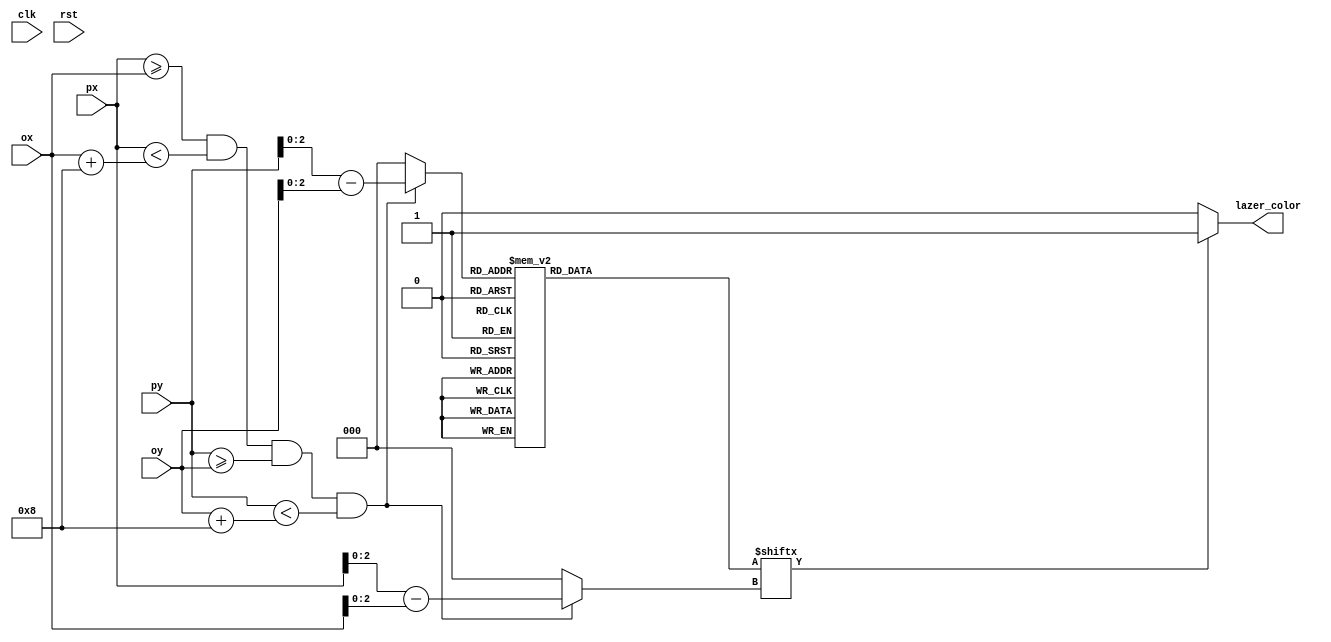
module lazerpixel
    (input wire clk,
    input wire rst,
    input wire [10:0]  ox,
    input wire [10:0]  oy,
    input wire [10:0]  px,
    input wire [10:0]  py,
    output wire        lazer_color);

   wire 	             inobj;
   wire [2:0]  		 lazer_y, lazer_x;
	
   reg [7:0] 	       rom_data;
   wire [2:0] 	       rom_addr;
   wire               rom_bit;
	
   
   assign inobj     = (px >= ox) && (px < ox + 11'd8) && (py >=  oy) && (py < oy + 11'd8);
   
   assign lazer_x     = inobj ? px - ox : 0;
   assign lazer_y     = inobj ? py - oy : 0;
   
   assign rom_addr   = lazer_y;
   assign rom_bit    = rom_data[lazer_x];
   
   assign lazer_color = (rom_bit) ? 1'b1 : 1'b0;

   always @*
     case (rom_addr)
       3'd0: rom_data = 8'b00111100; 
       3'd1: rom_data = 8'b00111100; 
       3'd2: rom_data = 8'b00111100; 
       3'd3: rom_data = 8'b00111100; 
       3'd4: rom_data = 8'b00111100; 
       3'd5: rom_data = 8'b00111100; 
       3'd6: rom_data = 8'b00111100; 
       3'd7: rom_data = 8'b00111100;  
     endcase
     
endmodule